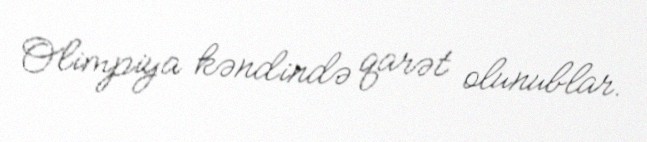
Olimpiya kəndində qarət olunublar.